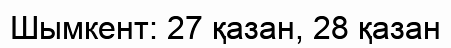
Шымкент: 27 қазан, 28 қазан